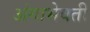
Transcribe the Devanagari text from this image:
अंगाभेवती